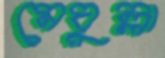
মেঘুল্লা